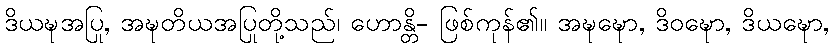
ဒိယဍ္ဎအပြု, အဍ္ဎတိယအပြုတို့သည်၊ ဟောန္တိ- ဖြစ်ကုန်၏။ အဍ္ဎဍ္ဎော, ဒိဝဍ္ဎော, ဒိယဍ္ဎော,